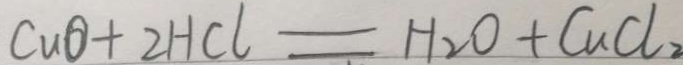
C u O + 2 H C l = H _ { 2 } O + C u C l _ { 2 }